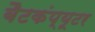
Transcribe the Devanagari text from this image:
बैटकंप्यूटर